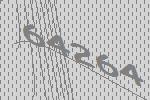
64264